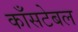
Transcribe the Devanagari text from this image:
काँसटेबल